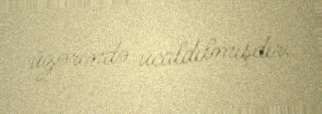
üzərində ucaldılmışdır.